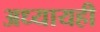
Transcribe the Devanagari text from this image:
अध्यायही